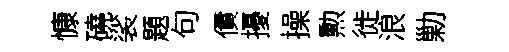
慷磽裟題句債擾操勲徙浪勦